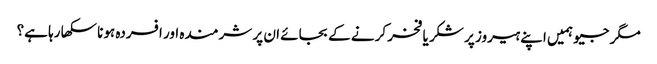
مگر جیو ہمیں اپنے ہیروز پر شکر یا فخر کرنے کے بجائے ان پر شرمندہ اور افسردہ ہونا سکھا رہا ہے؟